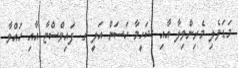
މަޑަވެލި މެރިންވިލާ އާއި ޝަހީމާ ހަސަން އަލީ ގ. ފައިވްސްޓާ އާއި ހައްވާ